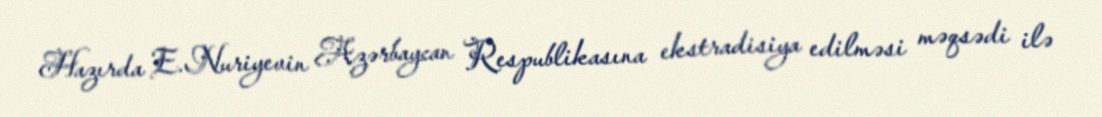
Hazırda E.Nuriyevin Azərbaycan Respublikasına ekstradisiya edilməsi məqsədi ilə